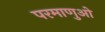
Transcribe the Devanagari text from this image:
परमाणुओ